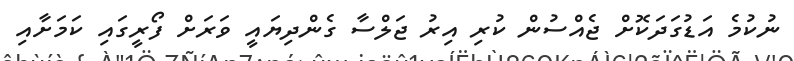
ނުކުމެ އަޑުގަދަކޮށް ޖެއްސުން ކުރި އިރު ޖަލްސާ ގެންދިޔައީ ވަރަށް ފޯރީގައި ކަމަށާއި